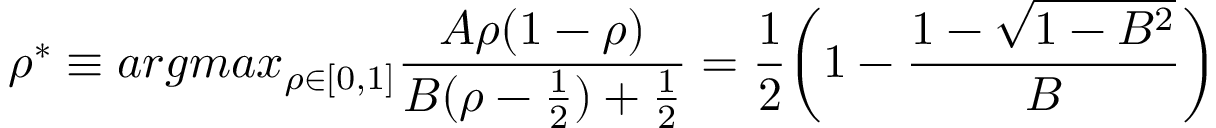
\rho ^ { * } \equiv a r g m a x _ { \rho \in [ 0 , 1 ] } \frac { A \rho ( 1 - \rho ) } { B ( \rho - \frac { 1 } { 2 } ) + \frac { 1 } { 2 } } = \frac { 1 } { 2 } \bigg ( 1 - \frac { 1 - \sqrt { 1 - B ^ { 2 } } } { B } \bigg )